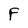
Character: F